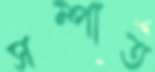
সম্পাত